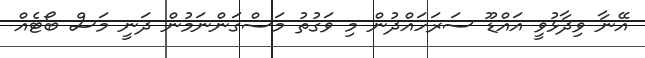
އޭނާ ވިދާޅުވީ އައްޑޫ ސަރަހައްދުން މި ވަގުތު މަސްގަންނަމުން ދަނީ މަސް ބޯޓެއް